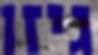
גיזו